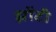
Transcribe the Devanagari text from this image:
झोंटी